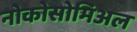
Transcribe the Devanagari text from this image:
नोकोसोमिअल